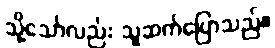
သို့သော်လည်း သူဆက်ပြောသည်။